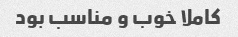
کاملا خوب و مناسب بود